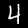
Label: 4